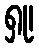
ရှု၊